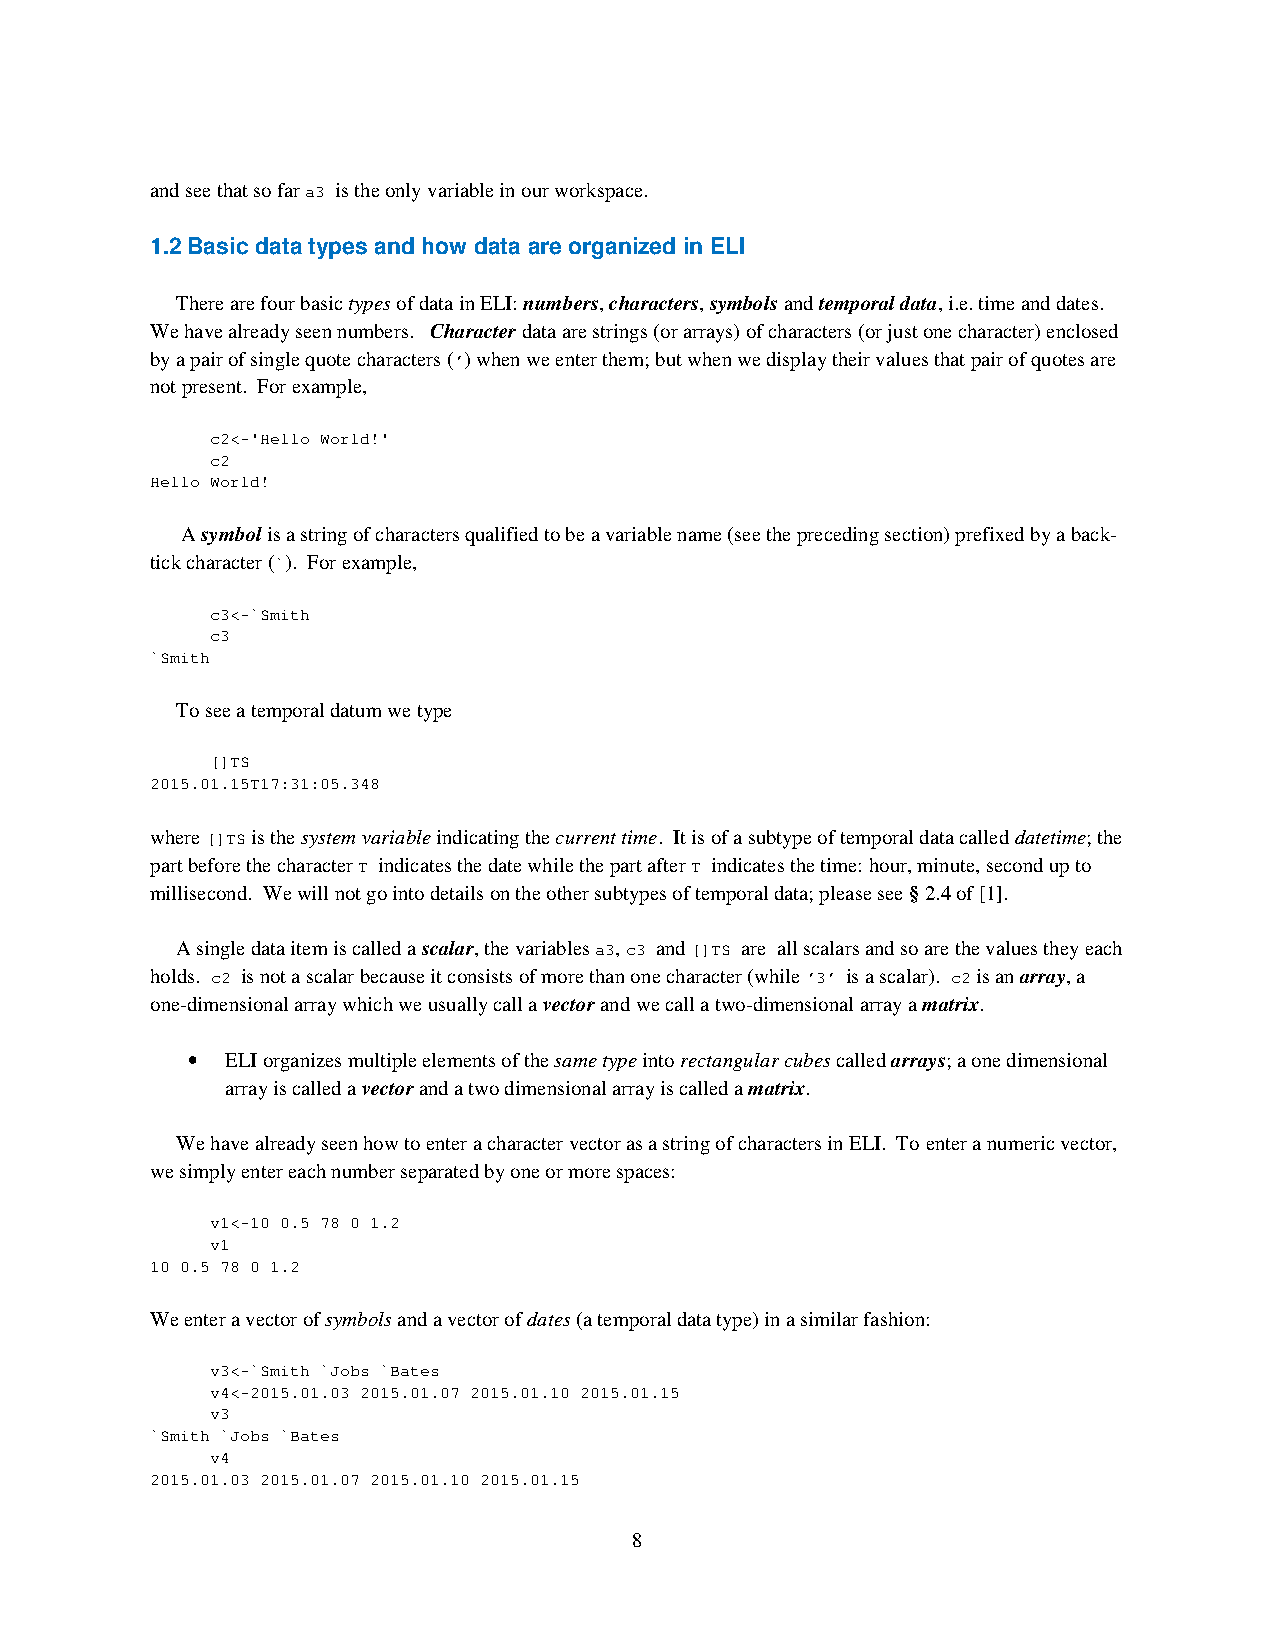
and see that so far a3 is the only variable in our workspace.
 1.2 Basic data types and how data are organized in ELI
 There are four basic types of data in ELI: numbers, characters, symbols and temporal data, i.e. time and dates.
 We have already seen numbers. Character data are strings (or arrays) of characters (or just one character) enclosed
 by a pair of single quote characters (’) when we enter them; but when we display their values that pair of quotes are
 not present. For example,
 c2<-'Hello World!'
 c2
 Hello World!
 A symbol is a string of characters qualified to be a variable name (see the preceding section) prefixed by a back-
 tick character (`). For example,
 c3<-`Smith
 c3
 `Smith
 To see a temporal datum we type
 []TS
 2015.01.15T17:31:05.348
 where []TS is the system variable indicating the current time. It is of a subtype of temporal data called datetime; the
 part before the character T indicates the date while the part after T indicates the time: hour, minute, second up to
 millisecond. We will not go into details on the other subtypes of temporal data; please see § 2.4 of [1].
 A single data item is called a scalar, the variables a3, c3 and []TS are all scalars and so are the values they each
 holds. c2 is not a scalar because it consists of more than one character (while ’3’ is a scalar). c2 is an array, a
 one-dimensional array which we usually call a vector and we call a two-dimensional array a matrix.
 •  ELI organizes multiple elements of the same type into rectangular cubes called arrays; a one dimensional
 array is called a vector and a two dimensional array is called a matrix.
 We have already seen how to enter a character vector as a string of characters in ELI. To enter a numeric vector,
 we simply enter each number separated by one or more spaces:
 v1<-10 0.5 78 0 1.2
 v1
 10 0.5 78 0 1.2
 We enter a vector of symbols and a vector of dates (a temporal data type) in a similar fashion:
 v3<-`Smith `Jobs `Bates
 v4<-2015.01.03 2015.01.07 2015.01.10 2015.01.15
 v3
 `Smith `Jobs `Bates
 v4
 2015.01.03 2015.01.07 2015.01.10 2015.01.15
 8